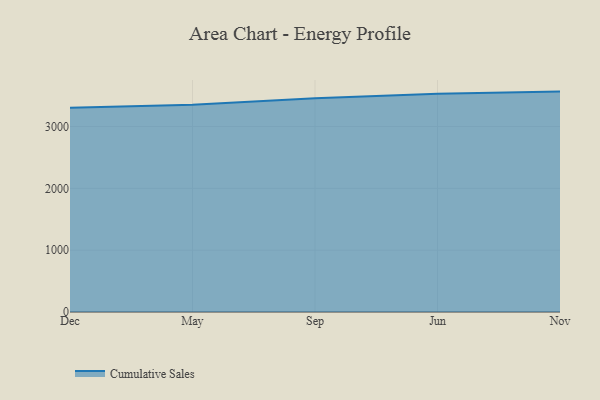
{"axis": {"x": "Month", "y": "Gross Profit (USD K)"}, "legend": ["Cumulative Sales"], "data": [{"x": "Dec", "y": 3303.0, "type": "Cumulative Sales"}, {"x": "May", "y": 3349.5, "type": "Cumulative Sales"}, {"x": "Sep", "y": 3458.2, "type": "Cumulative Sales"}, {"x": "Jun", "y": 3527.7, "type": "Cumulative Sales"}, {"x": "Nov", "y": 3564.0, "type": "Cumulative Sales"}]}